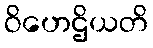
ဝိဟေဌိယတိ